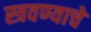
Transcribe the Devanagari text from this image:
स्त्रवण्याचे